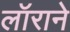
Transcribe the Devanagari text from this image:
लॉराने